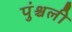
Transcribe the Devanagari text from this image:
पुंश्चली